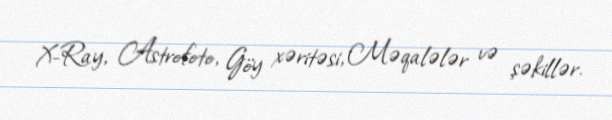
X-Ray, Astrofoto, Göy xəritəsi, Məqalələr və şəkillər.